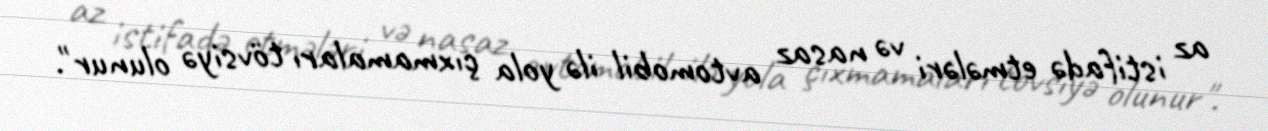
az istifadə etmələri və nasaz avtomobil ilə yola çıxmamaları tövsiyə olunur".